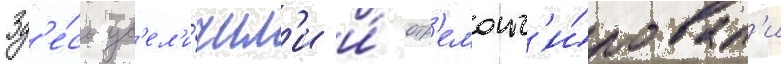
Зд'е́сь ув'ел'и́чил'и и́ отр'емонт'и́ровал'и